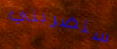
ستضربني